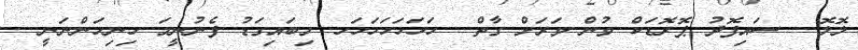
ލޮލޮ... ސައިފޮދު ޕޮރޮޑަކް ވުން ވަރަށް ގާތް... ހަހަހަހަހަހަހ. މިބައިގަޑު ފެނުނީމަ ހިނިހަންނަނީ....